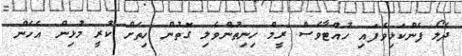
ދެލޯ ފެންކަޅިވެފައި ހުއްޓާވެސް ރީމް ހިނިތުންވެލި ގޮތުން ހިތަށް ކުރީ މުޅިން އެހެން